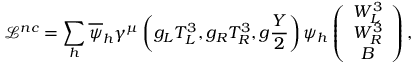
\mathcal { L } ^ { n c } = \sum _ { h } \overline { { { \psi } } } _ { h } \gamma ^ { \mu } \left( g _ { L } T _ { L } ^ { 3 } , g _ { R } T _ { R } ^ { 3 } , g \frac { Y } { 2 } \right) \psi _ { h } \left( \begin{array} { c } { { W _ { L } ^ { 3 } } } \\ { { W _ { R } ^ { 3 } } } \\ { { B } } \end{array} \right) ,